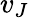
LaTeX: v_{J}